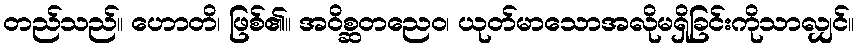
တည်သည်။ ဟောတိ၊ ဖြစ်၏။ အဝိစ္ဆတညေဝ၊ ယုတ်မာသောအလိုမရှိခြင်းကိုသာလျှင်။